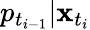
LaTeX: p_{t_{i-1}}|\mathbf{x}_{t_{i}}